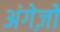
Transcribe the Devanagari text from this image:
अंगेज़ों